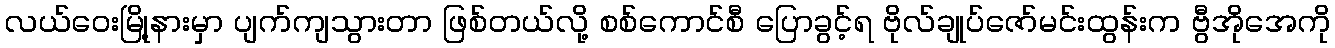
လယ်ဝေးမြို့နားမှာ ပျက်ကျသွားတာ ဖြစ်တယ်လို့ စစ်ကောင်စီ ပြောခွင့်ရ ဗိုလ်ချုပ်ဇော်မင်းထွန်းက ဗွီအိုအေကို